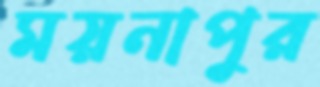
ময়নাপুর